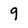
Character: 9